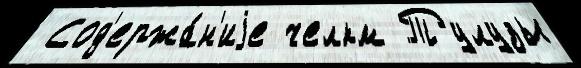
 Сод'ержа́н'иjе челкм Тулузы